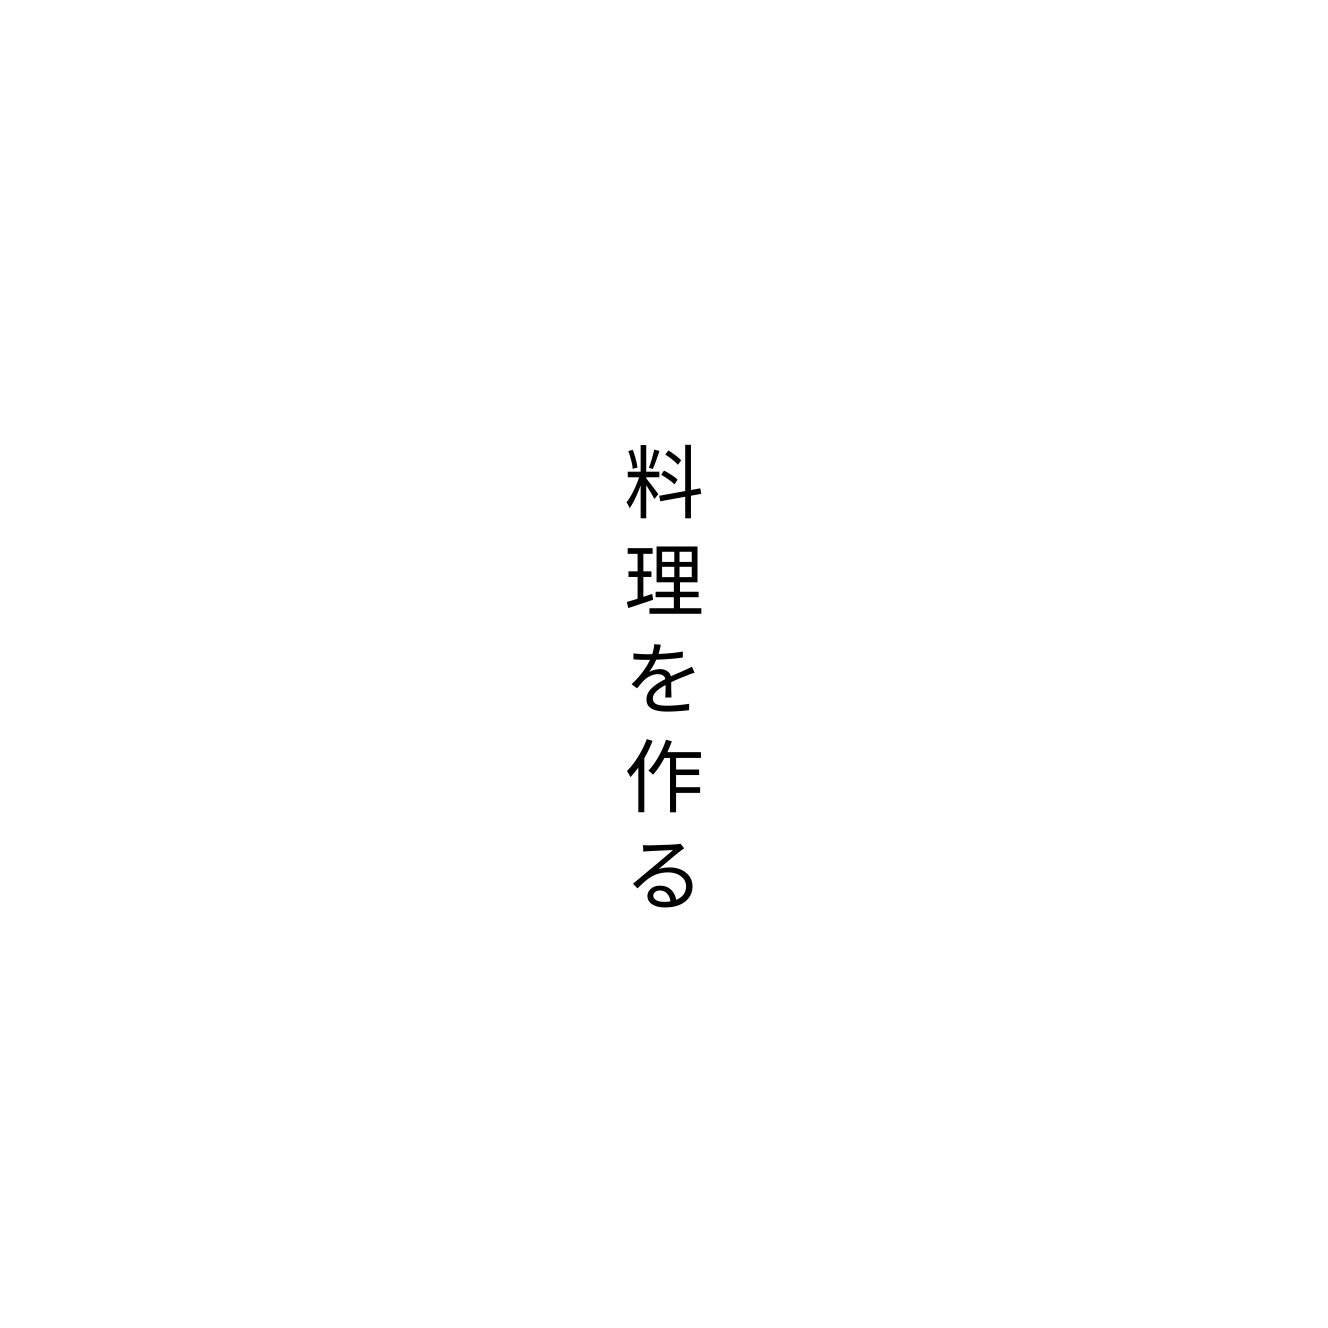
料理を作る